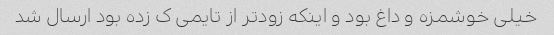
خیلی خوشمزه ‌و داغ بود و اینکه زودتر از تایمی ک زده بود ارسال شد